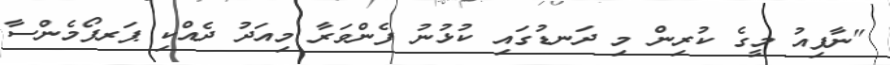
"ނާފިއު މީގެ ކުރިން މި ދަނޑުގައި ކުޅުނު ފެންވަރާ މިއަދު ދެއްކި ޕަރފޯމެންސާ